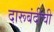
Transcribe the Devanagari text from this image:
दारूबंदीची